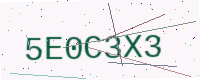
Text: 5E0C3X3